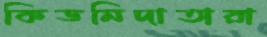
কিডনিদাতারা